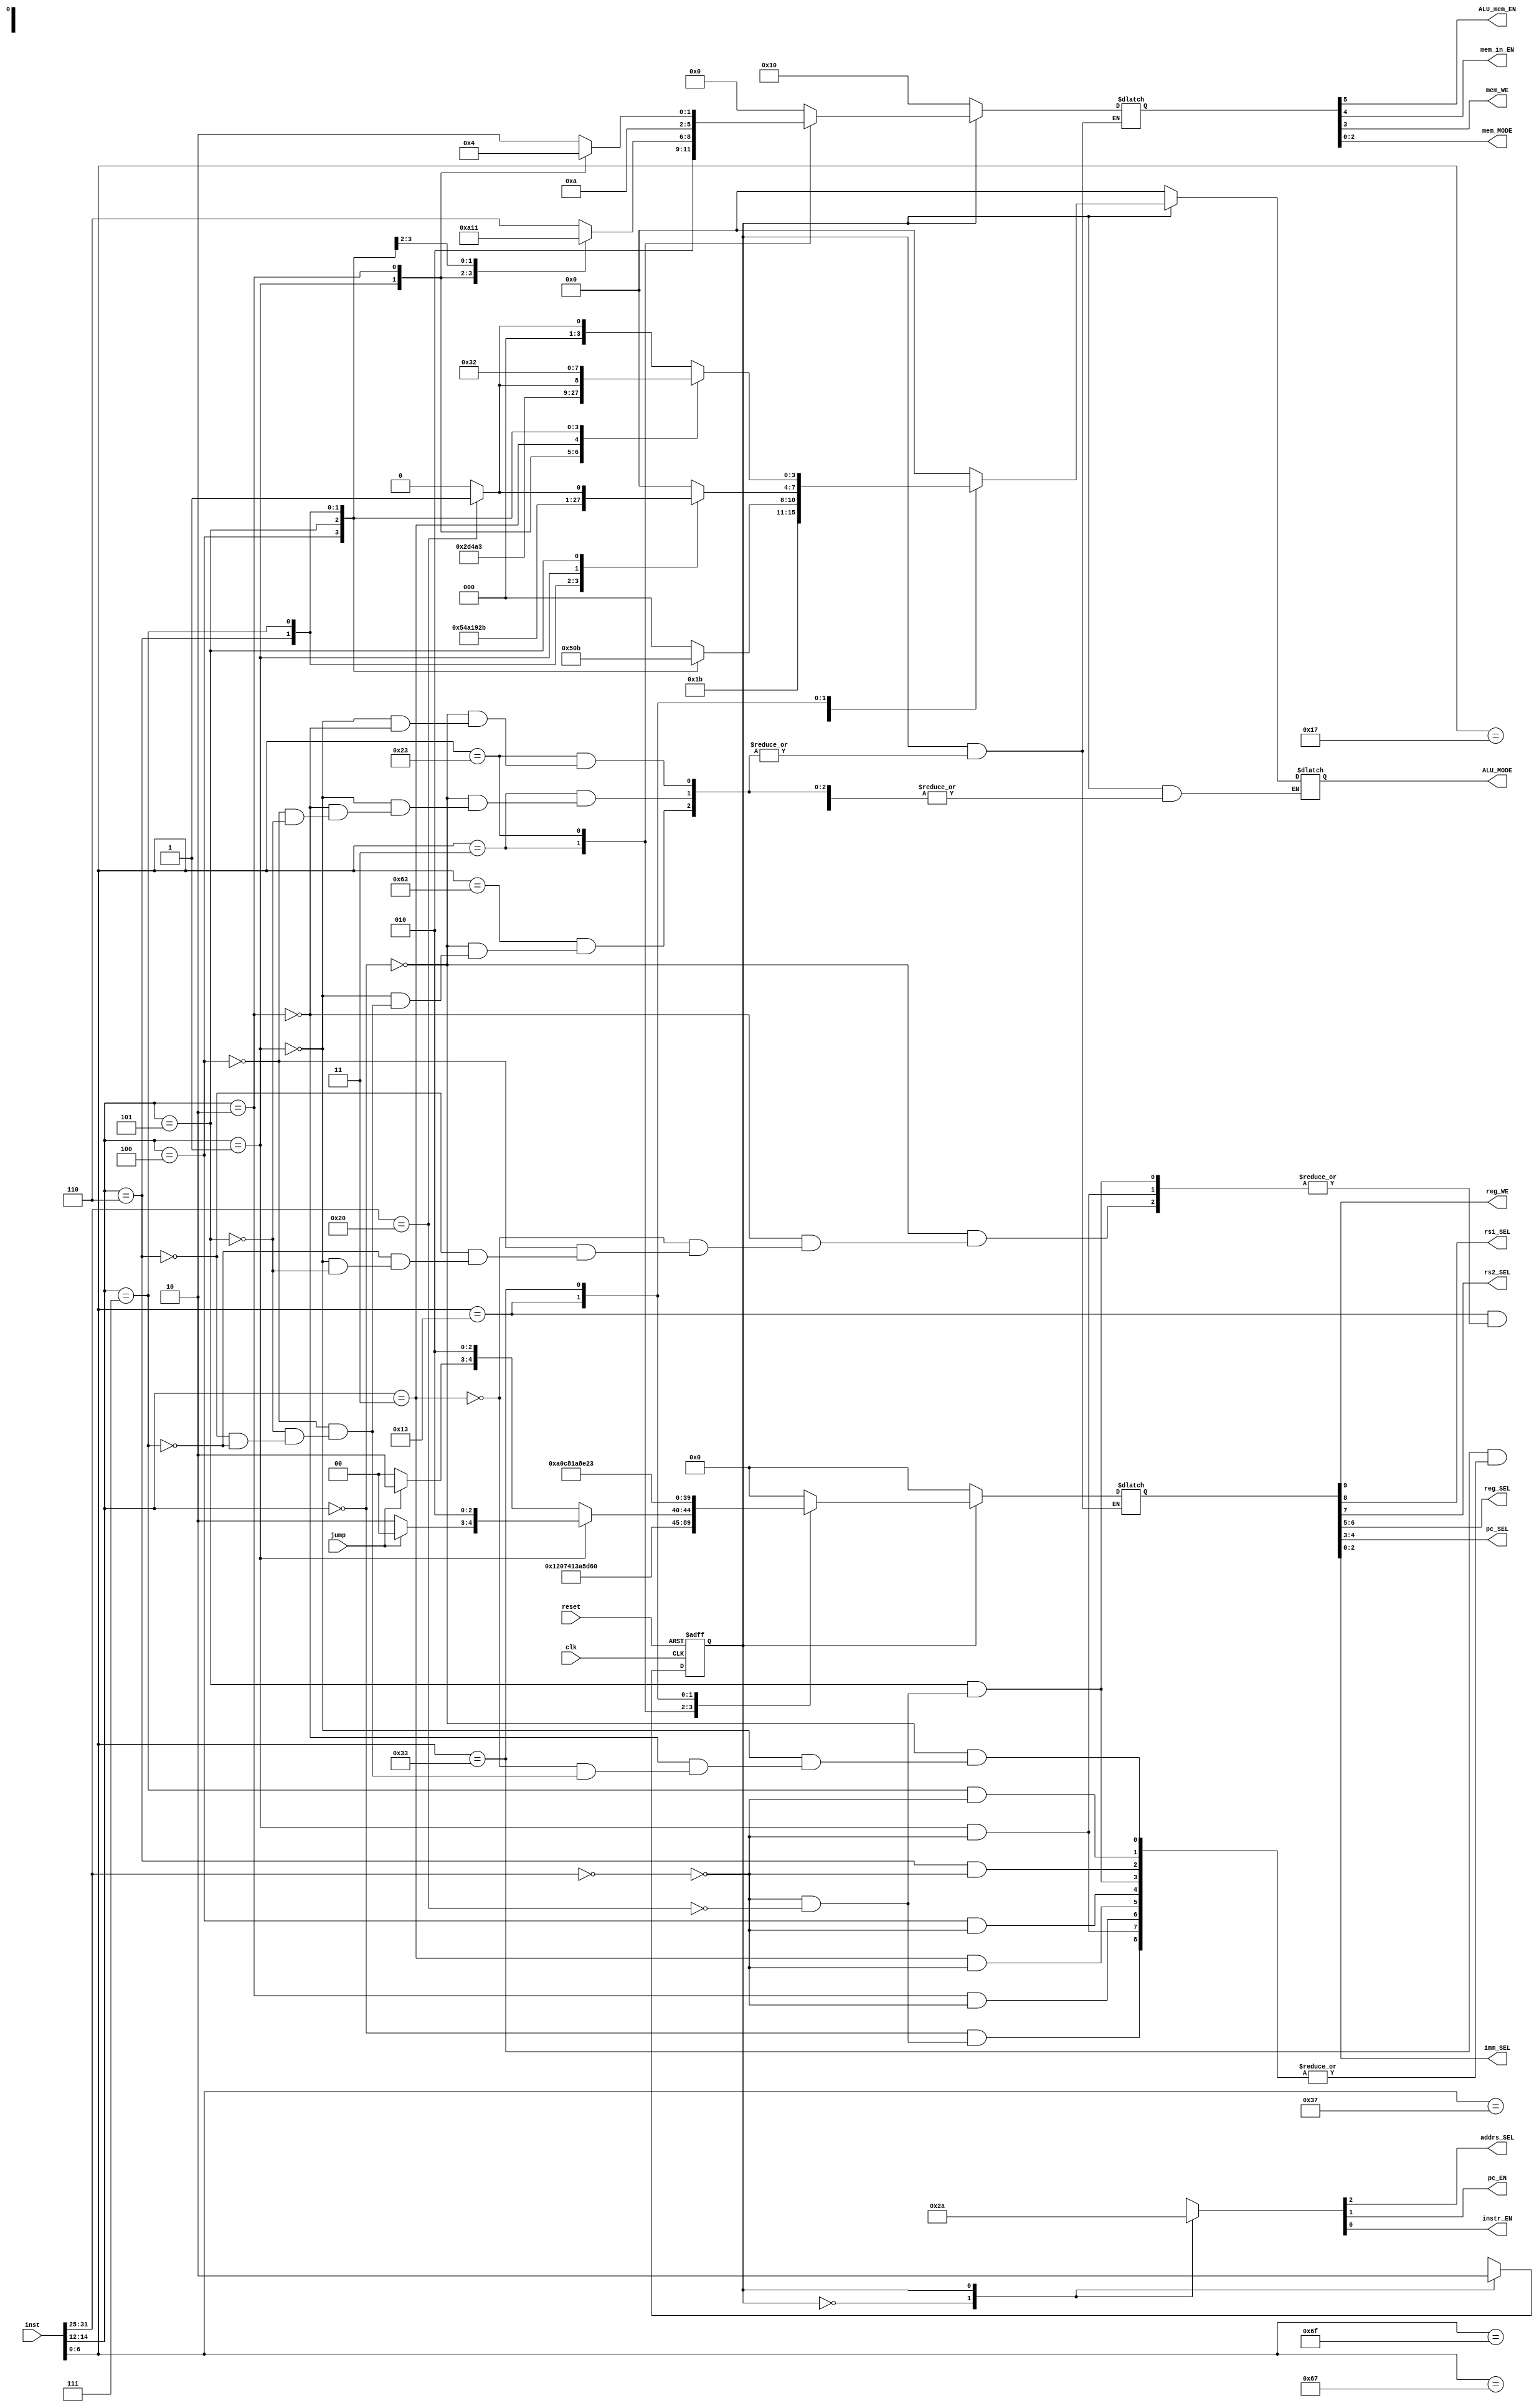

// -------------------------------- //
//	By: Bryce Keen	
// -------------------------------- //

//
//	control_logic.v
//		RV32I Control Logic
//

module control_logic(
  inst, jump, clk, reset, reg_WE, rs1_SEL,
  rs2_SEL, reg_SEL, pc_SEL, imm_SEL,
  ALU_MODE, addrs_SEL, pc_EN, instr_EN,
  ALU_mem_EN, mem_in_EN, mem_WE, mem_MODE);

  // Input & Outputs
  input wire           jump, clk, reset;
  input wire [31:0]    inst;

  output wire          reg_WE,       rs1_SEL,      rs2_SEL;
  output wire          addrs_SEL,    pc_EN,        instr_EN;
  output wire          ALU_mem_EN,   mem_in_EN,    mem_WE;
  output wire [1:0]    reg_SEL,      pc_SEL;
  output wire [2:0]    imm_SEL,      mem_MODE;
  output wire [3:0]    ALU_MODE;

  // Internal
  wire [6:0]          opcode, funct7;
  wire [2:0]          funct3;
  reg [19:0]          control_bus;
  reg [2:0]           state_control;

  reg state;
  localparam 
    Fetch = 1'b0,
    Execute = 1'b1;


  assign opcode = inst[6:0];
  assign funct3 = inst[14:12];
  assign funct7 = inst[31:25];

  initial begin
    state <= Fetch;
    control_bus <= 20'b00000000000000000000;
  end

  assign {
    reg_WE, 
    rs1_SEL, 
    rs2_SEL, 
    reg_SEL, 
    pc_SEL, 
    imm_SEL, 
    ALU_MODE, 
    ALU_mem_EN, 
    mem_in_EN, 
    mem_WE, 
    mem_MODE} = control_bus;



  assign { addrs_SEL, pc_EN, instr_EN} = state_control;

  // Need to account for reset
  always @(posedge reset, posedge clk) begin
    if (reset)
      state <= Fetch;
    else
      case (state)    // State Machine
        Fetch:      state <= Execute;
        Execute:    state <= Fetch;
      endcase
  end


  always @(*) begin
    case (state)
      Fetch:
        begin
          state_control <= 3'b101;
          control_bus <= 20'b00000000000000010000;
        end
      Execute:
        begin
          state_control <= 3'b010;
          case (opcode)
            7'b0110111:   control_bus <= 20'b10010000000000000000;      // LUI
            7'b0010111:   control_bus <= 20'b11101000000000000000;      // AUIPC
            7'b1101111:   control_bus <= 20'b10011101000000000000;      // JAL
            7'b1100111:   control_bus <= 20'b10111010111101000000;      // JALR
            7'b1100011:
              case (funct3)
                3'b000: control_bus <= {5'b00000, (jump == 1'b1) ? 2'b10 : 2'b00, 13'b0101000000000};  // BEQ
                3'b001: control_bus <= {5'b00000, (jump == 1'b0) ? 2'b10 : 2'b00, 13'b0101000000000};  // BNE
                3'b100: control_bus <= {5'b00000, (jump == 1'b1) ? 2'b10 : 2'b00, 13'b0101010000000};  // BLT
                3'b101: control_bus <= {5'b00000, (jump == 1'b1) ? 2'b10 : 2'b00, 13'b0101100000000};  // BGE
                3'b110: control_bus <= {5'b00000, (jump == 1'b1) ? 2'b10 : 2'b00, 13'b0101001000000};  // BLTU
                3'b111: control_bus <= {5'b00000, (jump == 1'b1) ? 2'b10 : 2'b00, 13'b0101011000000};  // BGEU
              endcase
            7'b0000011:
              case (funct3)
                3'b000:  control_bus <= 20'b10100000110000010110;      // LB
                3'b001:  control_bus <= 20'b10100000110000010101;      // LH
                3'b010:  control_bus <= 20'b10100000110000010000;      // LW
                3'b100:  control_bus <= 20'b10100000110000010010;      // LBU
                3'b101:  control_bus <= 20'b10100000110000010001;      // LHU
              endcase
            7'b0100011:
              case (funct3)
                3'b000:  control_bus <= 20'b00100000010000101010;      // SB
                3'b001:  control_bus <= 20'b00100000010000101001;      // SH
                3'b010:  control_bus <= 20'b00100000010000101000;      // SW
              endcase
            7'b0010011:
              begin
                control_bus[19:10] <= 10'b1010100011;
                control_bus[5:0] <= 6'b000000; 
                case (funct3)
                  3'b000:   control_bus[9:6] <= 4'b0000;   // ADDI
                  3'b010:   control_bus[9:6] <= 4'b1010;   // SLTI
                  3'b011:   control_bus[9:6] <= 4'b1001;   // SLTIU
                  3'b100:   control_bus[9:6] <= 4'b0100;   // XORI
                  3'b110:   control_bus[9:6] <= 4'b0011;   // ORI
                  3'b111:   control_bus[9:6] <= 4'b0010;   // ANDI
                  3'b001:
                    case (funct7)
                      7'b0000000:   control_bus[9:6] <= 4'b0101;   // SLLI
                    endcase
                  3'b101:
                    case (funct7)
                      7'b0000000:   control_bus[9:6] <= 4'b0110;   // SRLI
                      7'b0100000:   control_bus[9:6] <= 4'b0111;   // SRAI
                    endcase
                endcase
              end
              7'b0110011:
                begin
                  control_bus[19:10] <= 10'b1000100011;
                  control_bus[5:0] <= 6'b000000; 
                  case (funct3)
                    3'b000:
                      case (funct7)
                        7'b0000000:   control_bus[9:6] <= 4'b0000;   // ADD
                        7'b0100000:   control_bus[9:6] <= 4'b0001;   // SUB
                      endcase
                    3'b001:
                      case (funct7)
                        7'b0000000:   control_bus[9:6] <= 4'b0101;   // SLL
                      endcase
                    3'b010:
                      case (funct7)
                        7'b0000000:   control_bus[9:6] <= 4'b1010;   // SLT
                      endcase   
                    3'b011:
                      case (funct7)
                        7'b0000000:   control_bus[9:6] <= 4'b1001;   // SLTU
                      endcase
                    3'b100:   
                      case (funct7)
                        7'b0000000:   control_bus[9:6] <= 4'b0100;   // XOR
                      endcase   
                    3'b101:
                      case (funct7)
                        7'b0000000:   control_bus[9:6] <= 4'b0110;   // SRL
                        7'b0100000:   control_bus[9:6] <= 4'b0111;   // SRA
                      endcase  
                    3'b110:
                      case (funct7)
                        7'b0000000:   control_bus[9:6] <= 4'b0011;   // OR
                      endcase 
                    3'b111:
                      case (funct7)
                        7'b0000000:   control_bus[9:6] <= 4'b0010;   // AND
                      endcase                    
                  endcase
                end
              default:   control_bus <= 20'b00000000000000000000;
          endcase
        end
    endcase

			



      //     7'b0010011:
      //         begin
      //             case (funct3)
      //                 3'b000:     // ADDI
      //                 3'b010:     // SLTI
      //                 3'b011:     // SLTIU
      //                 3'b100:     // XORI
      //                 3'b110:     // ORI
      //                 3'b111:     // ANDI
      //                 3'b001:
      //                     case (funct7)
      //                         7'b0000000:     // SLLI
      //                     endcase
      //                 3'b101:     
      //                     case (funct7)
      //                         7'b0000000:     // SRLI
      //                         7'b0100000:     // SRAI
      //                     endcase
      //             endcase
      //         end
      //     7'b0110011:
      //         case (funct3)
      //             3'b000:
      //                     7'b0000000:     // ADD
      //                     7'b0100000:     // SUB
      //             3'b001:
      //                     7'b0000000:     // SLL
      //             3'b010:
      //                 case (funct7)
      //                     7'b0000000:     // SLT
      //             3'b011:
      //                 case (funct7)
      //                     7'b0000000:     // SLTU
      //             3'b100:
      //                 case (funct7)
      //                     7'b0000000:     // XOR
      //             3'b101:
      //                 case (funct7)
      //                     7'b0000000:     // SRL
      //                     7'b0100000:     // SRA
      //             3'b110:
      //                 case (funct7)
      //                     7'b0000000:     // OR
      //                         begin
      //                             mem_MODE    <= 3'b000;
      //                             dmemWE      <= 1'b0;
      //                             regWE       <= 1'b1;
      //                             rs1SEL      <= 1'b0;
      //                             rs2SEL      <= 1'b0;
      //                             regSEL      <= 2'b01;
      //                             pcSEL       <= 2'b00;
      //                             immSEL      <= 3'b000;
      //                             ALU_MODE  <= 4'b0011;
      //                         end
      //                 endcase
      //             3'b111:
      //                 case (funct7)
      //                     7'b0000000:     // AND
      //                         begin
      //                             mem_MODE    <= 3'b000;
      //                             dmemWE      <= 1'b0;
      //                             regWE       <= 1'b1;
      //                             rs1SEL      <= 1'b0;
      //                             rs2SEL      <= 1'b0;
      //                             regSEL      <= 2'b01;
      //                             pcSEL       <= 2'b00;
      //                             immSEL      <= 3'b000;
      //                             ALU_MODE  <= 4'b0010;
      //                         end
      //                 endcase
      //         endcase
      //     /*
      //         Instructions are not necessary for Single Cycle Implementations

      //     7'b0001111:
      //         if (inst[31:28] == 0 and inst[19:7] == 0) begin
      //             // FENCELL
      //         end 
      //         else if (inst[31:7] == 25'h0000020) begin
      //             // FENCE.I
      //         end
      //     7'b1110011:
      // case (funct3)
      //   3'b000:
      //     if (inst[11:7] == 0 and inst[19:15] == 0 and inst[31:20] == 0) begin
      //               // ECALL
      //     end
      //     else if (inst[11:7] == 0 and inst[19:15] == 0 and inst[31:20] == 1) begin
      //                         // EBREAK
      //     end
      //   3'b001:					// CSRRW
      //   3'b010:					// CSRRS
      //   3'b011:					// CSRRC
      //   3'b101:					// CSRRWI
      //   3'b110:					// CSRRSI
      //   3'b111:					// CSRRCI
      // endcase
      //     */    
      //     default:
      //         begin
      //             mem_MODE    <= 3'b000;
      //             dmemWE      <= 1'b0;
      //             regWE       <= 1'b0;
      //             rs1SEL      <= 1'b0;
      //             rs2SEL      <= 1'b0;
      //             regSEL      <= 2'b00;
      //             pcSEL       <= 2'b00;
      //             immSEL      <= 3'b000;
      //             ALU_MODE  <= 4'b0000;
      //         end
      
  end
endmodule